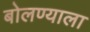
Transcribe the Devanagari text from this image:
बोलण्याला